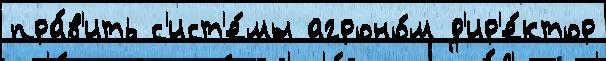
пра́в'ить с'ист'е́мы агроно́м д'ир'е́ктор